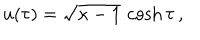
LaTeX: u ( \tau ) = \sqrt { \kappa - 1 } \, \cosh \tau \, ,